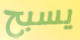
يسبح